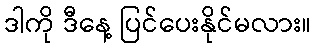
ဒါကို ဒီနေ့ ပြင်ပေးနိုင်မလား။